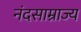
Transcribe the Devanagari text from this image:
नंदसाम्राज्य